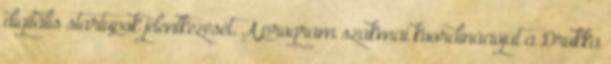
digitális startupok jelentkezését. A program szakmai koordinációját a Drukka